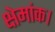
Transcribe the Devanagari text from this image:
क्षेमांक।